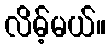
လိမ့်မယ်။